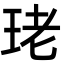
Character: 珯